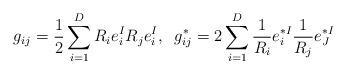
LaTeX: \begin{align*}g_{ij} = \frac{1}{2}\sum_{i=1}^D R_i e_i^I R_j e^I_i,\;\;g_{ij}^{*} =2 \sum_{i=1}^{D}\frac{1}{R_i} e^{*I}_i \frac{1}{R_j} e^{*I}_J\end{align*}